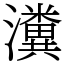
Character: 瀵